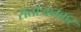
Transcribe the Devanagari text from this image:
रातांजनकर